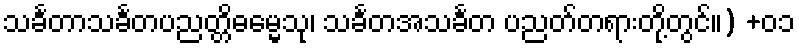
သင်္ခတာသင်္ခတပညတ္တိဓမ္မေသု၊ သင်္ခတအသင်္ခတ ပညတ်တရားတို့တွင်။) +၀၁